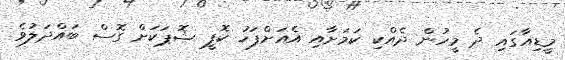
މީޑިއާގައި ދެ މީހުން ދެއްކި ކަމަށާއި އެއަށްފަހު ކޮފީ ޝޮޕަކަށް ގޮސް ބައްދަލުވެ